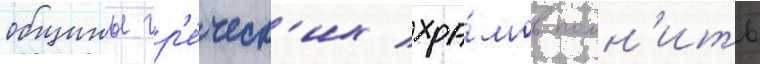
общины гр'е́ческ'их хра́мов помн'ить